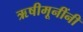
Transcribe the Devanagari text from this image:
ऋषीमूनींनी